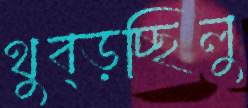
থুব্‌ড়চ্ছিলু